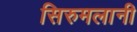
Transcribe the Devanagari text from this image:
सिरुमलानी